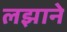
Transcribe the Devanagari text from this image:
लझाने